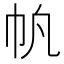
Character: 𫶿